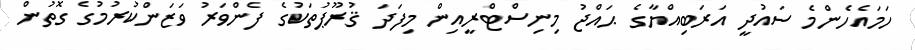
ހަމައެހެންމެ ސައުދީ އަރަބިއްޔާގެ ޙައްޖު މިނިސްޓްރީއިން މިފަދަ ޤުރޫޕުތަކުގެ ފެންވަރު ވަޒަންކުރުމުގެ ގޮތުން